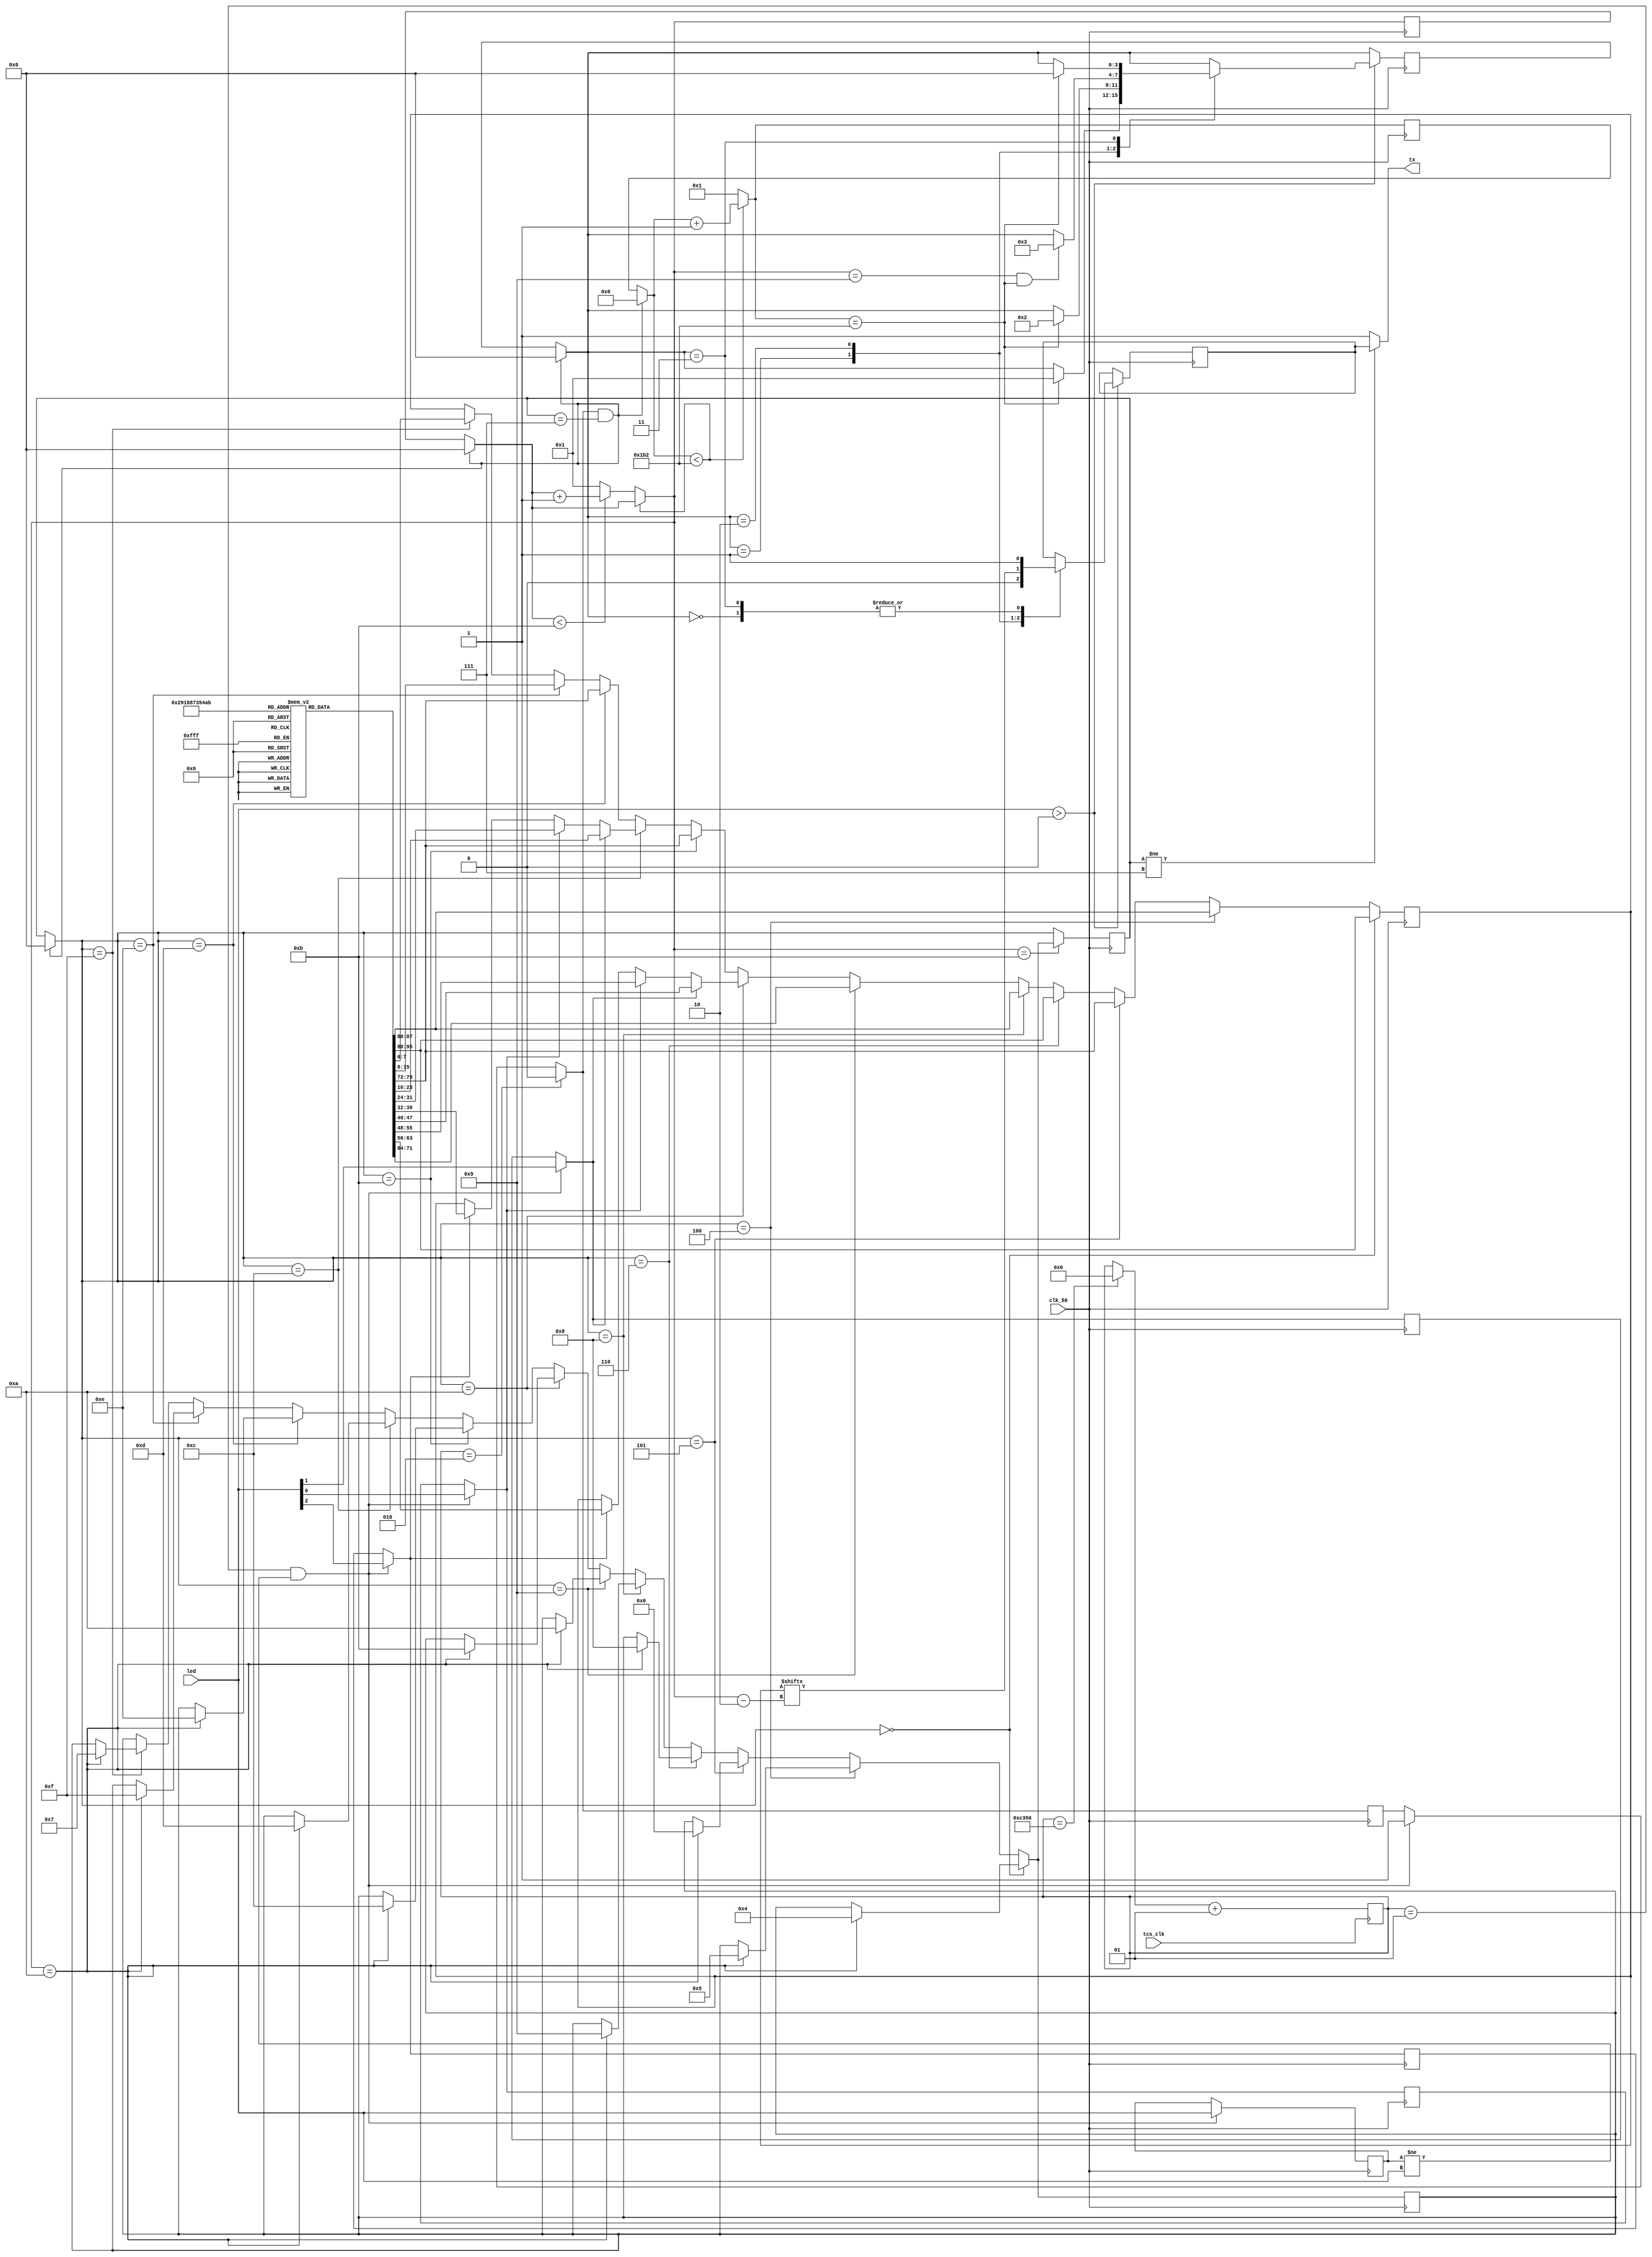
module SM1511_CDM(
	input clk_50,	//50 MHz clock
	input tcs_clk,
	input [2:0]led,
   output tx		//UART transmit output
);

 
 parameter
  idle = 4'b0000,
  start_bit = 4'b0001,
  data_bit = 4'b0010,
  stop_bit = 4'b0011,
  clean=4'b0111,
  s0 = 4'b0000,
  s1 = 4'b0100,
  s2 = 4'b0101,
  s3 = 4'b0110,
  s4 = 4'b1000,
  s5 = 4'b1001,
  s6 = 4'b1010,
  s7 = 4'b1011,
  s8 = 4'b1100,
  s9 = 4'b1101,
  s10 = 4'b1110,
  s11 = 4'b1111;
  
  
  reg       tx_dv =1'b1;
  reg [3:0] bit_index = 0;  
  reg [3:0] next_bit_state ;
  reg [7:0] current_bit ;
  reg [9:0] clock_count = 0;
  reg [3:0] current_bit_state = clean;// current state for 1st state machine
  reg [3:0] current_state=idle;// current state for 2nd state machine
  reg [7:0] req_data[11:0];// initialising data which need to be transfer in a array
  reg led_red =0 ;
  reg led_blue =0;
  reg led_green =0;
  reg send = 0;
  reg [2:0] pre_led = 0;
  integer tcs_count = 1;
  
  initial 
  begin
  req_data[0] = 8'b01010011;//binary of S
  req_data[1] = 8'b01001101;// binary of M
  req_data[2] = 8'b01001001;//binary of I
  req_data[3] = 8'b01010000;//binary of P
  req_data[4] = 8'b01001110;//binary of N
  req_data[5] = 8'b01010111;// binary of W
  req_data[6] = 8'b00110001;// 1
  req_data[7] = 8'b00110010;// 2
  req_data[8] = 8'b00110011;// 3
  req_data[9] = 8'b00101101;// -
  req_data[10] = 8'b00100011;// #
  req_data[11] = 8'b00001010;// new line character
  end
  
always @(posedge tcs_clk) begin

   if(tcs_count == 50000)
      tcs_count = 0;
	tcs_count = tcs_count + 1;

end	
  
always@(posedge clk_50)
begin
   if(tcs_count == 1 && pre_led != led) begin
	   led_red=led[2];
      led_blue=led[0];
      led_green=led[1];
      send = 1;
		pre_led = led;
	end
   
	if(tcs_count == 2) begin
	   send = 0;
	end
 
   if(send == 1 && current_bit_state == clean) begin
	   current_state = idle;
		current_bit_state = s0;
		clock_count = 0;
		bit_index = 0;
	end
 
 if(clock_count < 434)
		 begin
		 clock_count=clock_count+1;
		 end
	 else
	 begin
	 bit_index=(bit_index<11)?bit_index+1:1;
			 clock_count=1;
	 end

if(led > 0) begin
	 
 case(current_state) // 1st finite state machine

 idle:
 begin
	  tx_dv=1'b1;
	  
	  if(clock_count == 434)
	  current_state = start_bit;
	  
 end
 
 start_bit:
 begin
	 tx_dv=1'b0;
	 
	 if(clock_count == 434)
	 current_state = data_bit;
	
 end
  
 data_bit:
  begin
	  tx_dv=current_bit[bit_index-2];
	  if(bit_index==9 && clock_count==434	)
	  current_state = stop_bit;	  
 end
 
 stop_bit:
 begin
		tx_dv=1'b1;
		
		if(clock_count == 434)
		current_state = idle;
		
 end
 endcase	

end

 //for changing the data bit state
 
if(current_bit_state==s0)
begin
			current_bit = req_data[0];
			if(bit_index==10)
				next_bit_state= s1 ;  
			
end
    		
else if(current_bit_state == s1) 
begin
			current_bit = req_data[2];
			if(bit_index==10)
				next_bit_state = s2;
			
end
		
else if(current_bit_state == s2)
begin
			 current_bit = req_data[9];
			 if(bit_index==10)
				next_bit_state = s3;
			
end
else if(current_bit_state == s3) 
begin
			current_bit = req_data[0];
			if(bit_index==10)
				next_bit_state = s4;
			
end
		
else if(current_bit_state == s4)
begin
			 current_bit = req_data[2];
			 if(bit_index==10)
				next_bit_state = s5;
			
end
else if(current_bit_state == s5) 
begin
			current_bit = req_data[1];
			if(bit_index==10)
				next_bit_state = s6;
			
end
		
else if(current_bit_state == s6)
begin

   if(led_red==1)
      current_bit = req_data[6];
   if(led_blue==1)
      current_bit = req_data[8];
   if(led_green==1)
      current_bit = req_data[7];
   if(bit_index==10)
      next_bit_state = s7;
			
end
else if(current_bit_state == s7) 
begin
			current_bit = req_data[9];
			if(bit_index==10)
				next_bit_state = s8;
			
end
		
else if(current_bit_state == s8)
begin
 
   if(led_red==1)
      current_bit = req_data[3];
   if(led_blue==1)
      current_bit = req_data[5];
   if(led_green == 1)
      current_bit = req_data[4];
	if(bit_index==10)
		next_bit_state = s9;
			
end
else if(current_bit_state == s9) 
begin
			current_bit = req_data[9];
			if(bit_index==10)
				next_bit_state = s10;
			
end
else if(current_bit_state == s10) 
begin
			current_bit = req_data[10];
			if(bit_index==10)
				next_bit_state = s11;
			
end
else if(current_bit_state == s11)
begin
		   current_bit= req_data[11];
			if(bit_index==10)
		    next_bit_state = clean;
			 
end
	
if(bit_index== 11)
	 current_bit_state = next_bit_state; 
 
end      
assign tx = (current_bit_state != clean) ? tx_dv : 1; 
endmodule